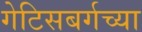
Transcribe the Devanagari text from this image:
गेटिसबर्गच्या